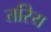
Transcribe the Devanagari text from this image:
तरिय